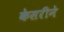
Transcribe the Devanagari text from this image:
केसरीने